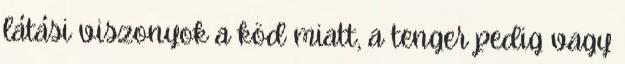
látási viszonyok a köd miatt, a tenger pedig vagy